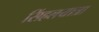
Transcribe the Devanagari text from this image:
सिंहलयात्रा